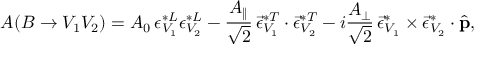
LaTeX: A ( B \to V _ { 1 } V _ { 2 } ) = A _ { 0 } \, { \epsilon } _ { V _ { 1 } } ^ { * L } { \epsilon } _ { V _ { 2 } } ^ { * L } - \frac { A _ { \| } } { \sqrt { 2 } } \, \vec { \epsilon } _ { V _ { 1 } } ^ { * T } \cdot \vec { \epsilon } _ { V _ { 2 } } ^ { * T } - i \frac { A _ { \perp } } { \sqrt { 2 } } \, \vec { \epsilon } _ { V _ { 1 } } ^ { * } \times \vec { \epsilon } _ { V _ { 2 } } ^ { * } \cdot \hat { \bf p } ,